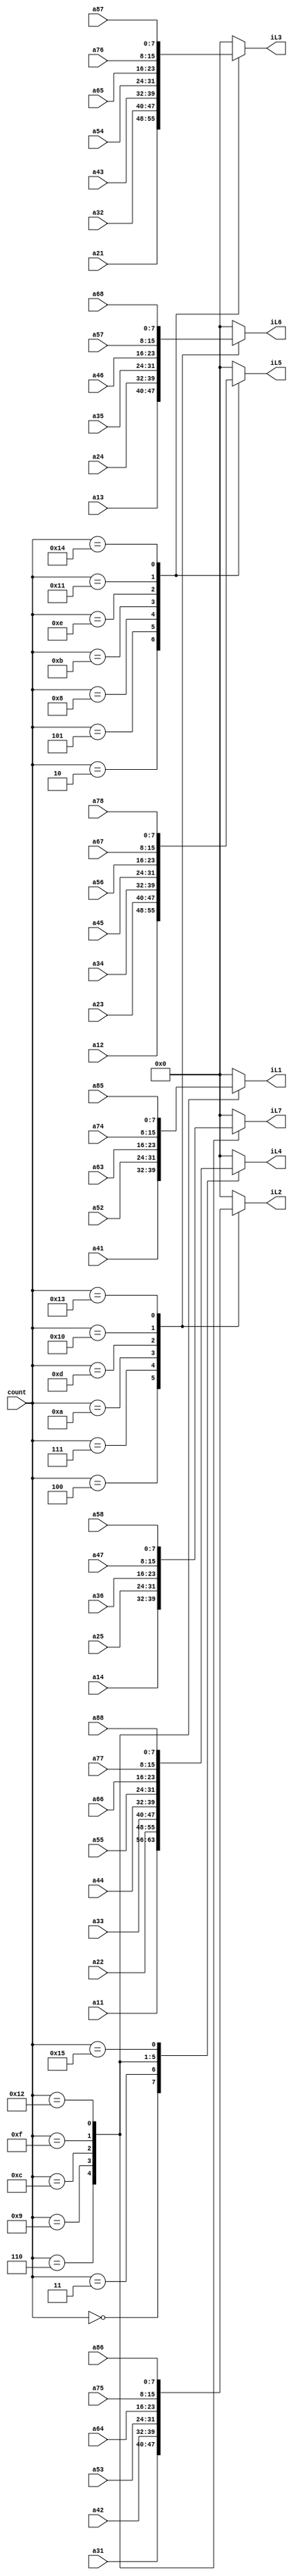
`timescale 1ns / 1ps
//////////////////////////////////////////////////////////////////////////////////
// Company: 
// Engineer: 
// 
// Design Name: 
// Module Name:    synchronizer 
// Project Name: 
// Target Devices: 
// Tool versions: 
// Description: 
//
// Dependencies: 
//
// Revision: 
// Revision 0.01 - File Created
// Additional Comments: 
//
//////////////////////////////////////////////////////////////////////////////////
module synchronizer(count,
							a11,a12,a13,a14,
							a21,a22,a23,a24,a25,
							a31,a32,a33,a34,a35,a36,
							a41,a42,a43,a44,a45,a46,a47,
								 a52,a53,a54,a55,a56,a57,a58,
									  a63,a64,a65,a66,a67,a68,
										   a74,a75,a76,a77,a78,
												 a85,a86,a87,a88,
							iL1,iL2,iL3,iL4,iL5,iL6,iL7);


input [4:0]count;
input [7:0] a11,a12,a13,a14,
				a21,a22,a23,a24,a25,
				a31,a32,a33,a34,a35,a36,
				a41,a42,a43,a44,a45,a46,a47,
					 a52,a53,a54,a55,a56,a57,a58,
						  a63,a64,a65,a66,a67,a68,
								a74,a75,a76,a77,a78,
									 a85,a86,a87,a88;
output [7:0]iL1,iL2,iL3,iL4,iL5,iL6,iL7;

reg [7:0]iL1Reg = 0;
reg [7:0]iL2Reg = 0;
reg [7:0]iL3Reg = 0;
reg [7:0]iL4Reg = 0;
reg [7:0]iL5Reg = 0;
reg [7:0]iL6Reg = 0;
reg [7:0]iL7Reg = 0;

always@ (*)
begin
	case(count)
	0 : begin
			iL1Reg <= 0;
			iL2Reg <= 0;
			iL3Reg <= 0;
			iL4Reg <= a11;
			iL5Reg <= 0;
			iL6Reg <= 0;
			iL7Reg <= 0;
		  end
	1 : begin
			iL1Reg <= 0;
			iL2Reg <= 0;
			iL3Reg <= 0;
			iL4Reg <= 0;
			iL5Reg <= 0;
			iL6Reg <= 0;
			iL7Reg <= 0;
		  end
	2 : begin
			iL1Reg <= 0;
			iL2Reg <= 0;
			iL3Reg <= a21;
			iL4Reg <= 0;
			iL5Reg <= a12;
			iL6Reg <= 0;
			iL7Reg <= 0;
		  end
	3 : begin
			iL1Reg <= 0;
			iL2Reg <= 0;
			iL3Reg <= 0;
			iL4Reg <= a22;
			iL5Reg <= 0;
			iL6Reg <= 0;
			iL7Reg <= 0;
		  end
	4 : begin
			iL1Reg <= 0;
			iL2Reg <= a31;
			iL3Reg <= 0;
			iL4Reg <= 0;
			iL5Reg <= 0;
			iL6Reg <= a13;
			iL7Reg <= 0;
		  end
	5 : begin
			iL1Reg <= 0;
			iL2Reg <= 0;
			iL3Reg <= a32;
			iL4Reg <= 0;
			iL5Reg <= a23;
			iL6Reg <= 0;
			iL7Reg <= 0;
		  end
	6 : begin
			iL1Reg <= a41;
			iL2Reg <= 0;
			iL3Reg <= 0;
			iL4Reg <= a33;
			iL5Reg <= 0;
			iL6Reg <= 0;
			iL7Reg <= a14;
		  end
	7 : begin
			iL1Reg <= 0;
			iL2Reg <= a42;
			iL3Reg <= 0;
			iL4Reg <= 0;
			iL5Reg <= 0;
			iL6Reg <= a24;
			iL7Reg <= 0;
		  end
	8 : begin
			iL1Reg <= 0;
			iL2Reg <= 0;
			iL3Reg <= a43;
			iL4Reg <= 0;
			iL5Reg <= a34;
			iL6Reg <= 0;
			iL7Reg <= 0;
		  end
	9 : begin
			iL1Reg <= a52;
			iL2Reg <= 0;
			iL3Reg <= 0;
			iL4Reg <= a44;
			iL5Reg <= 0;
			iL6Reg <= 0;
			iL7Reg <= a25;
		  end
	10 : begin
			iL1Reg <= 0;
			iL2Reg <= a53;
			iL3Reg <= 0;
			iL4Reg <= 0;
			iL5Reg <= 0;
			iL6Reg <= a35;
			iL7Reg <= 0;
		  end
	11 : begin
			iL1Reg <= 0;
			iL2Reg <= 0;
			iL3Reg <= a54;
			iL4Reg <= 0;
			iL5Reg <= a45;
			iL6Reg <= 0;
			iL7Reg <= 0;
		  end
	12 : begin
			iL1Reg <= a63;
			iL2Reg <= 0;
			iL3Reg <= 0;
			iL4Reg <= a55;
			iL5Reg <= 0;
			iL6Reg <= 0;
			iL7Reg <= a36;
		  end
	13 : begin
			iL1Reg <= 0;
			iL2Reg <= a64;
			iL3Reg <= 0;
			iL4Reg <= 0;
			iL5Reg <= 0;
			iL6Reg <= a46;
			iL7Reg <= 0;
		  end
	14 : begin
			iL1Reg <= 0;
			iL2Reg <= 0;
			iL3Reg <= a65;
			iL4Reg <= 0;
			iL5Reg <= a56;
			iL6Reg <= 0;
			iL7Reg <= 0;
		  end
	15 : begin
			iL1Reg <= a74;
			iL2Reg <= 0;
			iL3Reg <= 0;
			iL4Reg <= a66;
			iL5Reg <= 0;
			iL6Reg <= 0;
			iL7Reg <= a47;
		  end
	16 : begin
			iL1Reg <= 0;
			iL2Reg <= a75;
			iL3Reg <= 0;
			iL4Reg <= 0;
			iL5Reg <= 0;
			iL6Reg <= a57;
			iL7Reg <= 0;
		  end
	17 : begin
			iL1Reg <= 0;
			iL2Reg <= 0;
			iL3Reg <= a76;
			iL4Reg <= 0;
			iL5Reg <= a67;
			iL6Reg <= 0;
			iL7Reg <= 0;
		  end
	18 : begin
			iL1Reg <= a85;
			iL2Reg <= 0;
			iL3Reg <= 0;
			iL4Reg <= a77;
			iL5Reg <= 0;
			iL6Reg <= 0;
			iL7Reg <= a58;
		  end
	19 : begin
			iL1Reg <= 0;
			iL2Reg <= a86;
			iL3Reg <= 0;
			iL4Reg <= 0;
			iL5Reg <= 0;
			iL6Reg <= a68;
			iL7Reg <= 0;
		  end
	20 : begin
			iL1Reg <= 0;
			iL2Reg <= 0;
			iL3Reg <= a87;
			iL4Reg <= 0;
			iL5Reg <= a78;
			iL6Reg <= 0;
			iL7Reg <= 0;
		  end
	21 : begin
			iL1Reg <= 0;
			iL2Reg <= 0;
			iL3Reg <= 0;
			iL4Reg <= a88;
			iL5Reg <= 0;
			iL6Reg <= 0;
			iL7Reg <= 0;
		  end
	default : begin
			iL1Reg <= 0;
			iL2Reg <= 0;
			iL3Reg <= 0;
			iL4Reg <= 0;
			iL5Reg <= 0;
			iL6Reg <= 0;
			iL7Reg <= 0;
		  end
	endcase
end

assign iL1 = iL1Reg;		  
assign iL2 = iL2Reg;
assign iL3 = iL3Reg;
assign iL4 = iL4Reg;
assign iL5 = iL5Reg;
assign iL6 = iL6Reg;
assign iL7 = iL7Reg;

endmodule